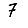
Digit: 7